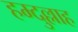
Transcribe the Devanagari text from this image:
हम्दुल्लाह